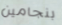
بنجامين